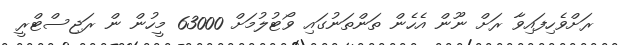
ރަށްވެހިފައިވާ ރަށް ނޫން އެހެން ތަންތަނުގައި ވޯޓުލުމަށް 63000 މީހުން ން ރަޖިސްޓްރީ